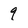
Character: 9